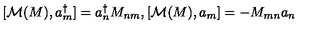
[ { \cal M } ( M ) , a _ { m } ^ { \dagger } ] = a _ { n } ^ { \dagger } M _ { n m } , [ { \cal M } ( M ) , a _ { m } ] = - M _ { m n } a _ { n }